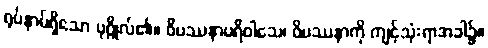
ရုပ်နာမ်ရှိသော ပုဂ္ဂိုလ်၏။ ဝိပဿနာပရိဝါသေ၊ ဝိပဿနာကို ကျင့်သုံးရာအခါ၌။